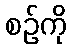
စဉ်ကို